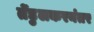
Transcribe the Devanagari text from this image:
तेंडुलकरनंतर